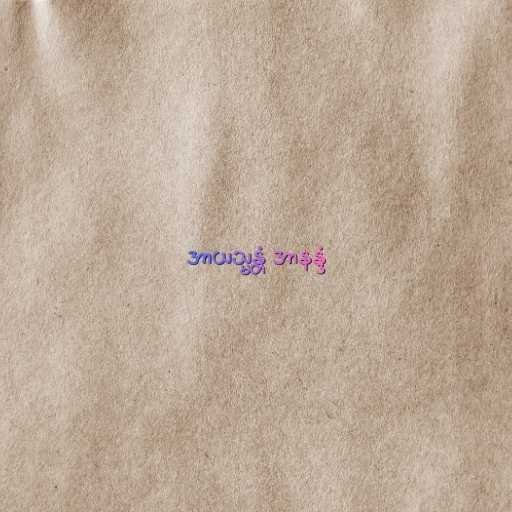
အာယသ္မန္တံ အာနန္ဒံ